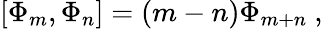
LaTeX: [\Phi_{m},\Phi_{n}]=(m-n)\Phi_{m+n}~,